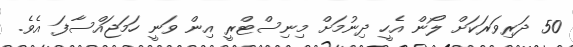
50 ދަރިވަރަކަށް ލޯން އެހީ ދިނުމަށް މިނިސްޓްރީ އިން ވަނީ ހަމަޖައްސާފަ އެވެ.